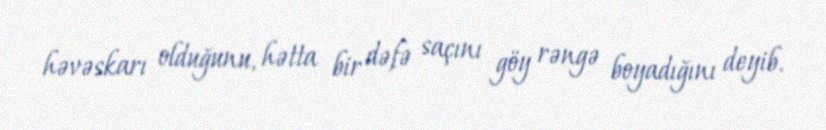
həvəskarı olduğunu, hətta bir dəfə saçını göy rəngə boyadığını deyib.